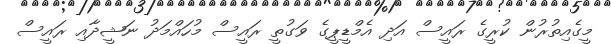
މީގެއިތުރުން ކުރީގެ ރައީސް އަދި އެމްޑީޕީގެ ވަގުތީ ރައީސް މުހައްމަދު ނަޝީދާއި ރައީސް